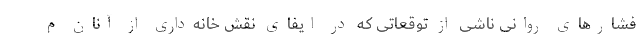
فشارهای روانی ناشی از توقعاتی که در ایفای نقش خانه‌داری از آنان م